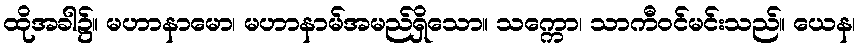
ထိုအခါ၌။ မဟာနာမော၊ မဟာနာမ်အမည်ရှိသော။ သက္ကော၊ သာကီဝင်မင်းသည်။ ယေန၊